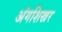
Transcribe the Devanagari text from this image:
अंगशिखर